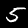
Digit: 5